Indian journal of veterinary science and animal husbandry - Volume 8,
Year: 1938
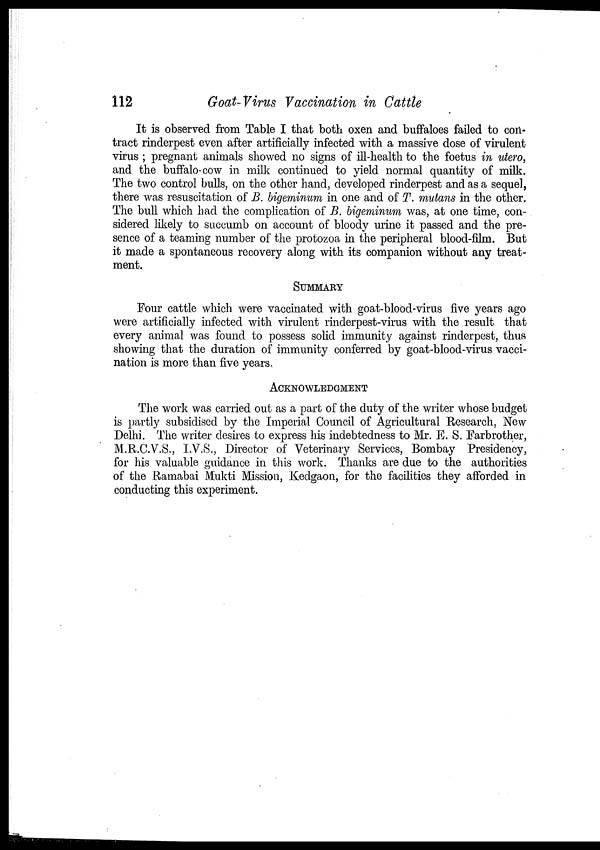
112
Goat-Virus Vaccination in Cattle
It is observed from Table I that both oxen and buffaloes failed to con-
tract rinderpest even after artificially infected with a massive dose of virulent
virus ; pregnant animals showed no signs of ill-health to the foetus in utero,
and the buffalo-cow in milk continued to yield normal quantity of milk.
The two control bulls, on the other hand, developed rinderpest and as a sequel,
there was resuscitation of B. bigeminum in one and of T. mutans in the other.
The bull which had the complication of B. bigeminium was, at one time, con-
sidered likely to succumb on account of bloody urine it passed and the pre-
sence of a teaming number of the protozoa in the peripheral blood-film. But
it made a spontaneous recovery along with its companion without any treat-
ment.
SUMMARY
Four cattle which were vaccinated with goat-blood-virus five years ago
were artificially infected with virulent rinderpest-virus with the result that
every animal was found to possess solid immunity against rinderpest, thus
showing that the duration of immunity conferred by goat-blood-virus vacci-
nation is more than five years.
ACKNOWLEDGMENT
The work was carried out as a part of the duty of the writer whose budget
is partly subsidised by the Imperial Council of Agricultural Research, New
Delhi. The writer desires to express his indebtedness to Mr. E. S. Farbrother,
M.R.C.V.S., I.V.S., Director of Veterinary Services, Bombay Presidency,
for his valuable guidance in this work. Thanks are due to the authorities
of the Ramabai Mukti Mission, Kedgaon, for the facilities they afforded in
conducting this experiment.